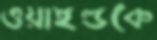
ওয়াইল্ডকে